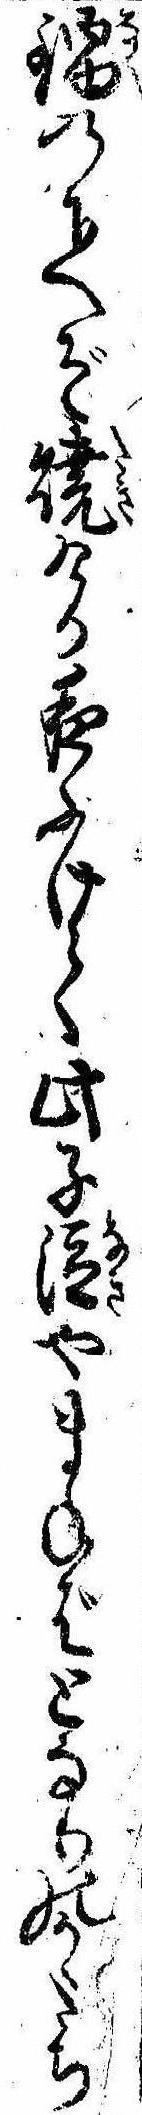
鍋の下へぞ焼ける夜ふけて此子泣やまねばとなりのかゝたち